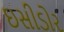
ઇસીડોર